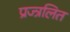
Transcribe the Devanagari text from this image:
प्रज्त्रलित